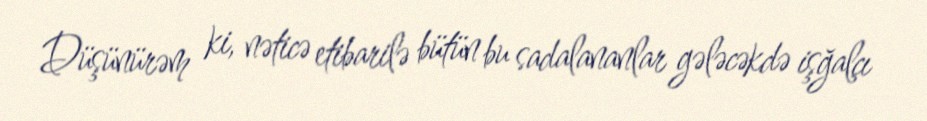
Düşünürəm ki, nəticə etibarilə bütün bu sadalananlar gələcəkdə işğalçı